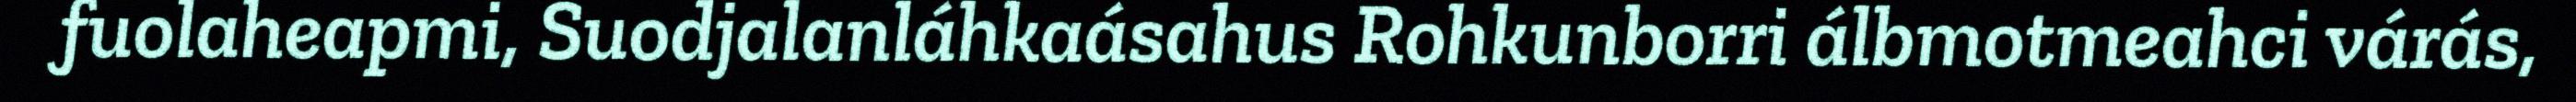
fuolaheapmi, Suodjalanláhkaásahus Rohkunborri álbmotmeahci várás,